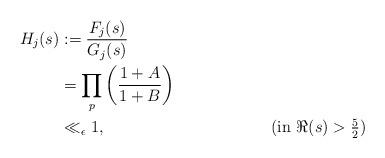
LaTeX: \begin{align*}H_{j}(s)&:=\frac{F_{j}(s)}{G_{j}(s)} \\&=\prod_{p}^{}\left(\frac{1+A}{1+B}\right) \\&\ll_{\epsilon} 1, &&(\mbox{in $\Re(s)>\frac{5}{2}$})\end{align*}